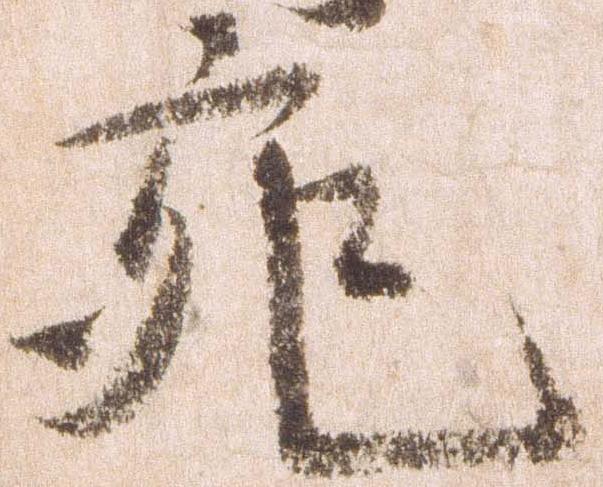
宛